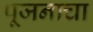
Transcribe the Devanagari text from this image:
पूजनाचा